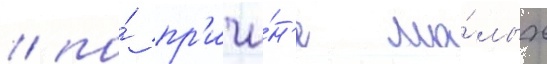
/ по́ пр'ичи́н'е ма́лых